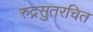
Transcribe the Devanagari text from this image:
रुद्रसुतरचित